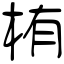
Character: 栯